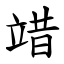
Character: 䇎